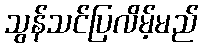
သွန်သင်ပြလိမ့်မည်